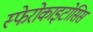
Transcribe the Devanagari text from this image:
स्फेरोकाइटोसिस